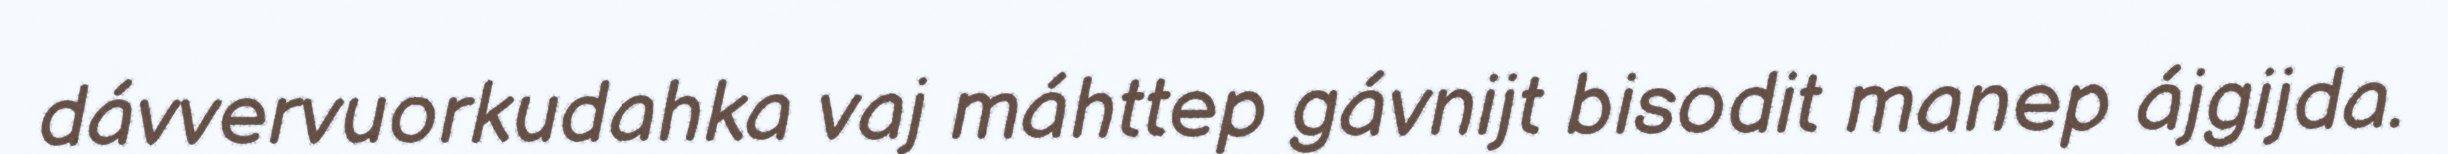
dávvervuorkudahka vaj máhttep gávnijt bisodit manep ájgijda.